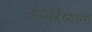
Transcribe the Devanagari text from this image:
ऊर्ध्वरेष्यांनी